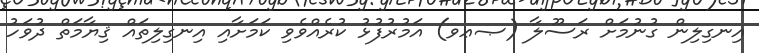
އިނގިލިން ގުނުމަށް ރަސޫލާ (ޞޢވ) އަމުރުފުޅު ކުރެއްވެވި ކަމަށާއި އިނގިލިތައް ޤިޔާމަތް ދުވަހު